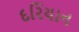
દરિયાન